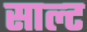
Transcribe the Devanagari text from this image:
साल्‍ट